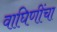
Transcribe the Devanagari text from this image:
वाघिणींचा